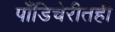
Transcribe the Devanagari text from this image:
पाँडिचेरीतही